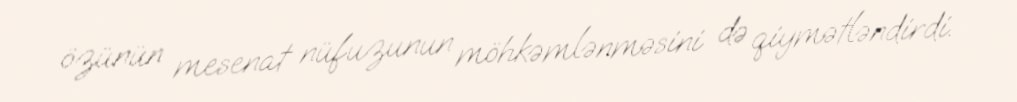
özünün mesenat nüfuzunun möhkəmlənməsini də qiymətləndirdi.